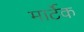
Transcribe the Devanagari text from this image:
मार्टेक